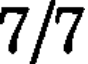
7/7